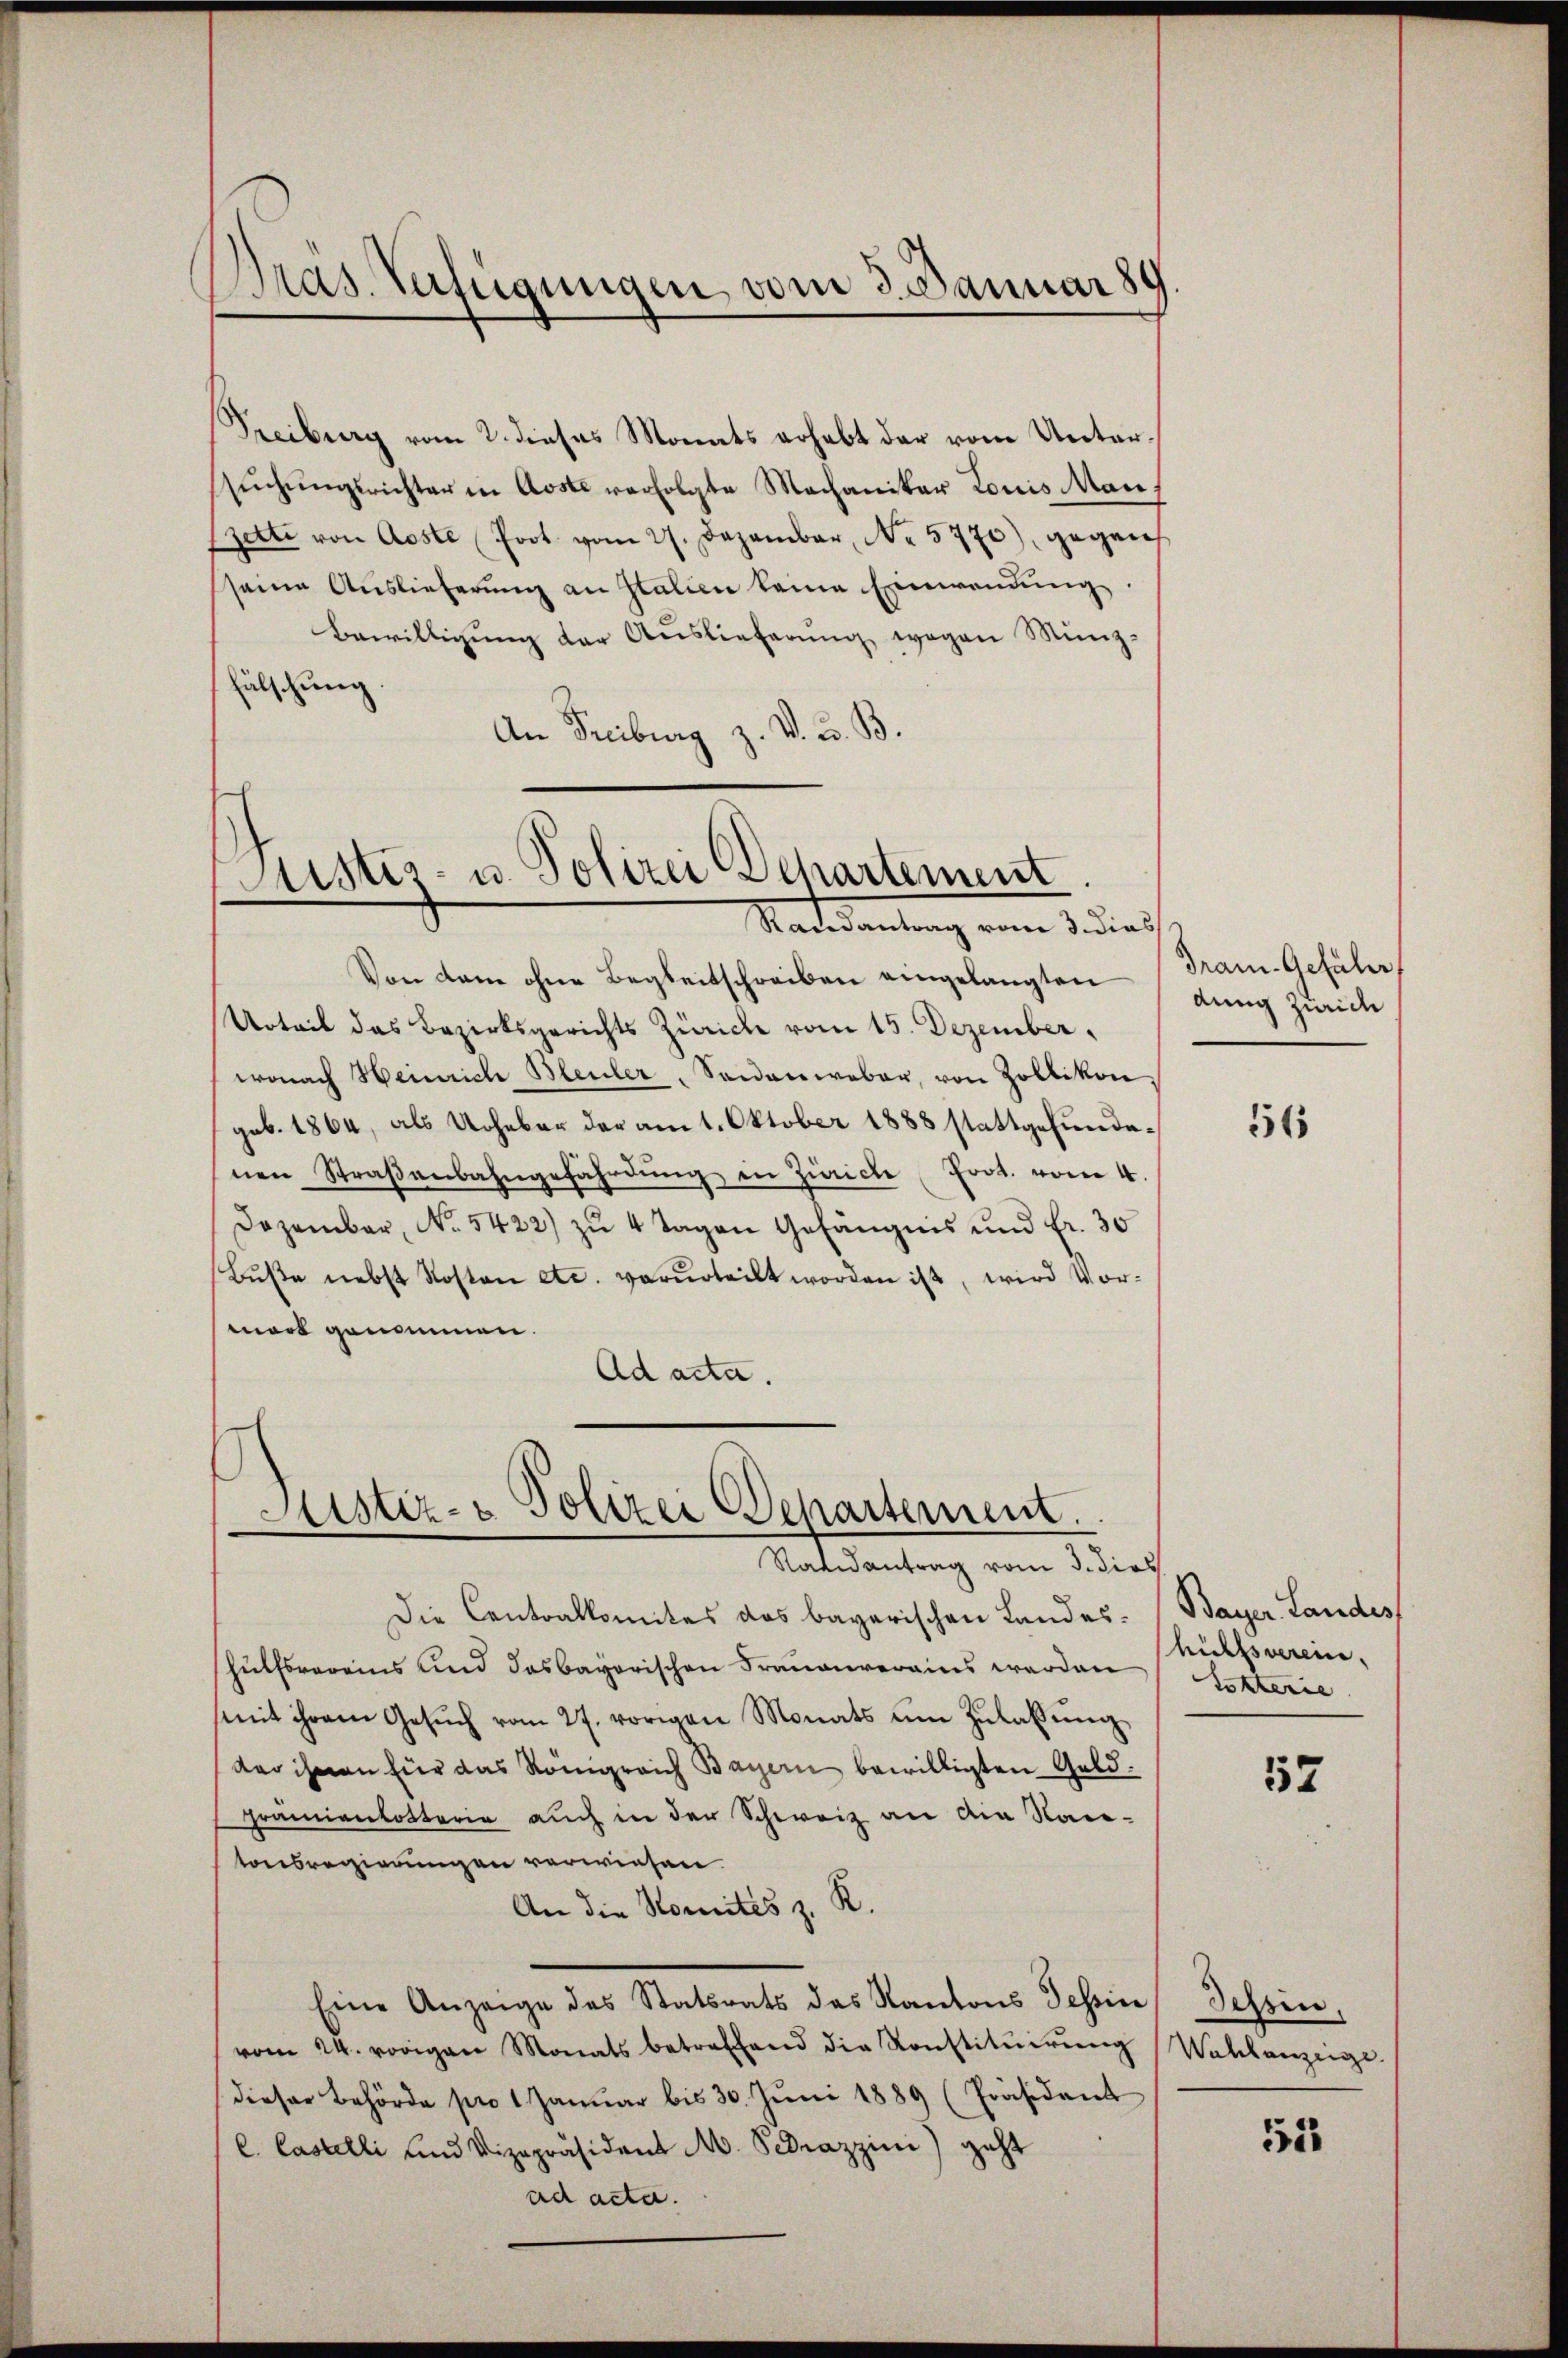
Pras. Verfügungen vom 3. Januar 189.

Treiburg vom 2. dieses Monats erhebt der vom Untersŭchŭngsrichter in Aoste verfolgte Machaniker Louis Man
Zette von Aeste Poot. vom 27. Dezember, No 5770), gegen
seine Auslieferung an Italien keine Einwendung.
Bewilligŭng der Auslieferŭng wegen Münz-
fälschung.
An Freiburg z. V. D. B.

Justiz- u. Polizei Departement
Randantrag vom 3. dies

Von dem ohne Begleitschreiben eingelangten
Urteil das Bezirksgerichts Zürich vom 15. Dezember.
wonach Heinrich Bleuler, Seidenweber, von Zollikon,
geb. 1864, als Urheber der am 1. Oktober 1888 stattgefundenen Straβenbahngefährdŭng in Zürich fort. vom 4.
Dezember, No. 5422) zu 4 Tagen Gefängnis und Fr. 30
Bŭβe nebst Kosten etc. verurteilt worden ist, wird Vormort genommen.
Ad acta.

Sistiz- & Polizei Departement.
Raandantrag vom 3. dies

Die Contralkomites das bayerischen Landeshülfsvereins und das bayerischen Frauenverains werden
mit ihrem Gesŭch vom 27. vorigen Monats ŭm Zŭlassŭng
der ihnen für das Königreich Bayern bewilligten Geld¬
Prämienlotterie auch in der Schweiz an die Nai-
tonsregierungen verwiesen.
An die Komités z. R.
Eine Anzeige das Statsrats des Kantons Tessin Tessin,
vom 24. vorigen Monats betreffend die Konstitŭirŭng Wahlanzeige.
dieser Behörde pro 1 Januar bis 30. Juni 1889 (Präsident
l. Castelli und Vizepräsident M. Pedrazzini) geht
ad acta.

dran. Gefähr
dung Zürich

56

Bayer Landes
hichtsverein,
Tokterie.

552

55